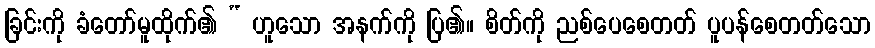
ခြင်းကို ခံတော်မူထိုက်၏ “ ဟူသော အနက်ကို ပြ၏။ စိတ်ကို ညစ်ပေစေတတ် ပူပန်စေတတ်သော